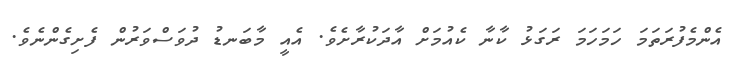
އެންމެފުރަތަމަ ހަމަހަމަ ރަގަޅު ކާނާ ކެއުމަށް އާދަކުރާށެވެ. އެއީ މާބަނޑު ދުވަސްވަރުން ފެށިގެންނެވެ.